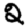
Digit: 2